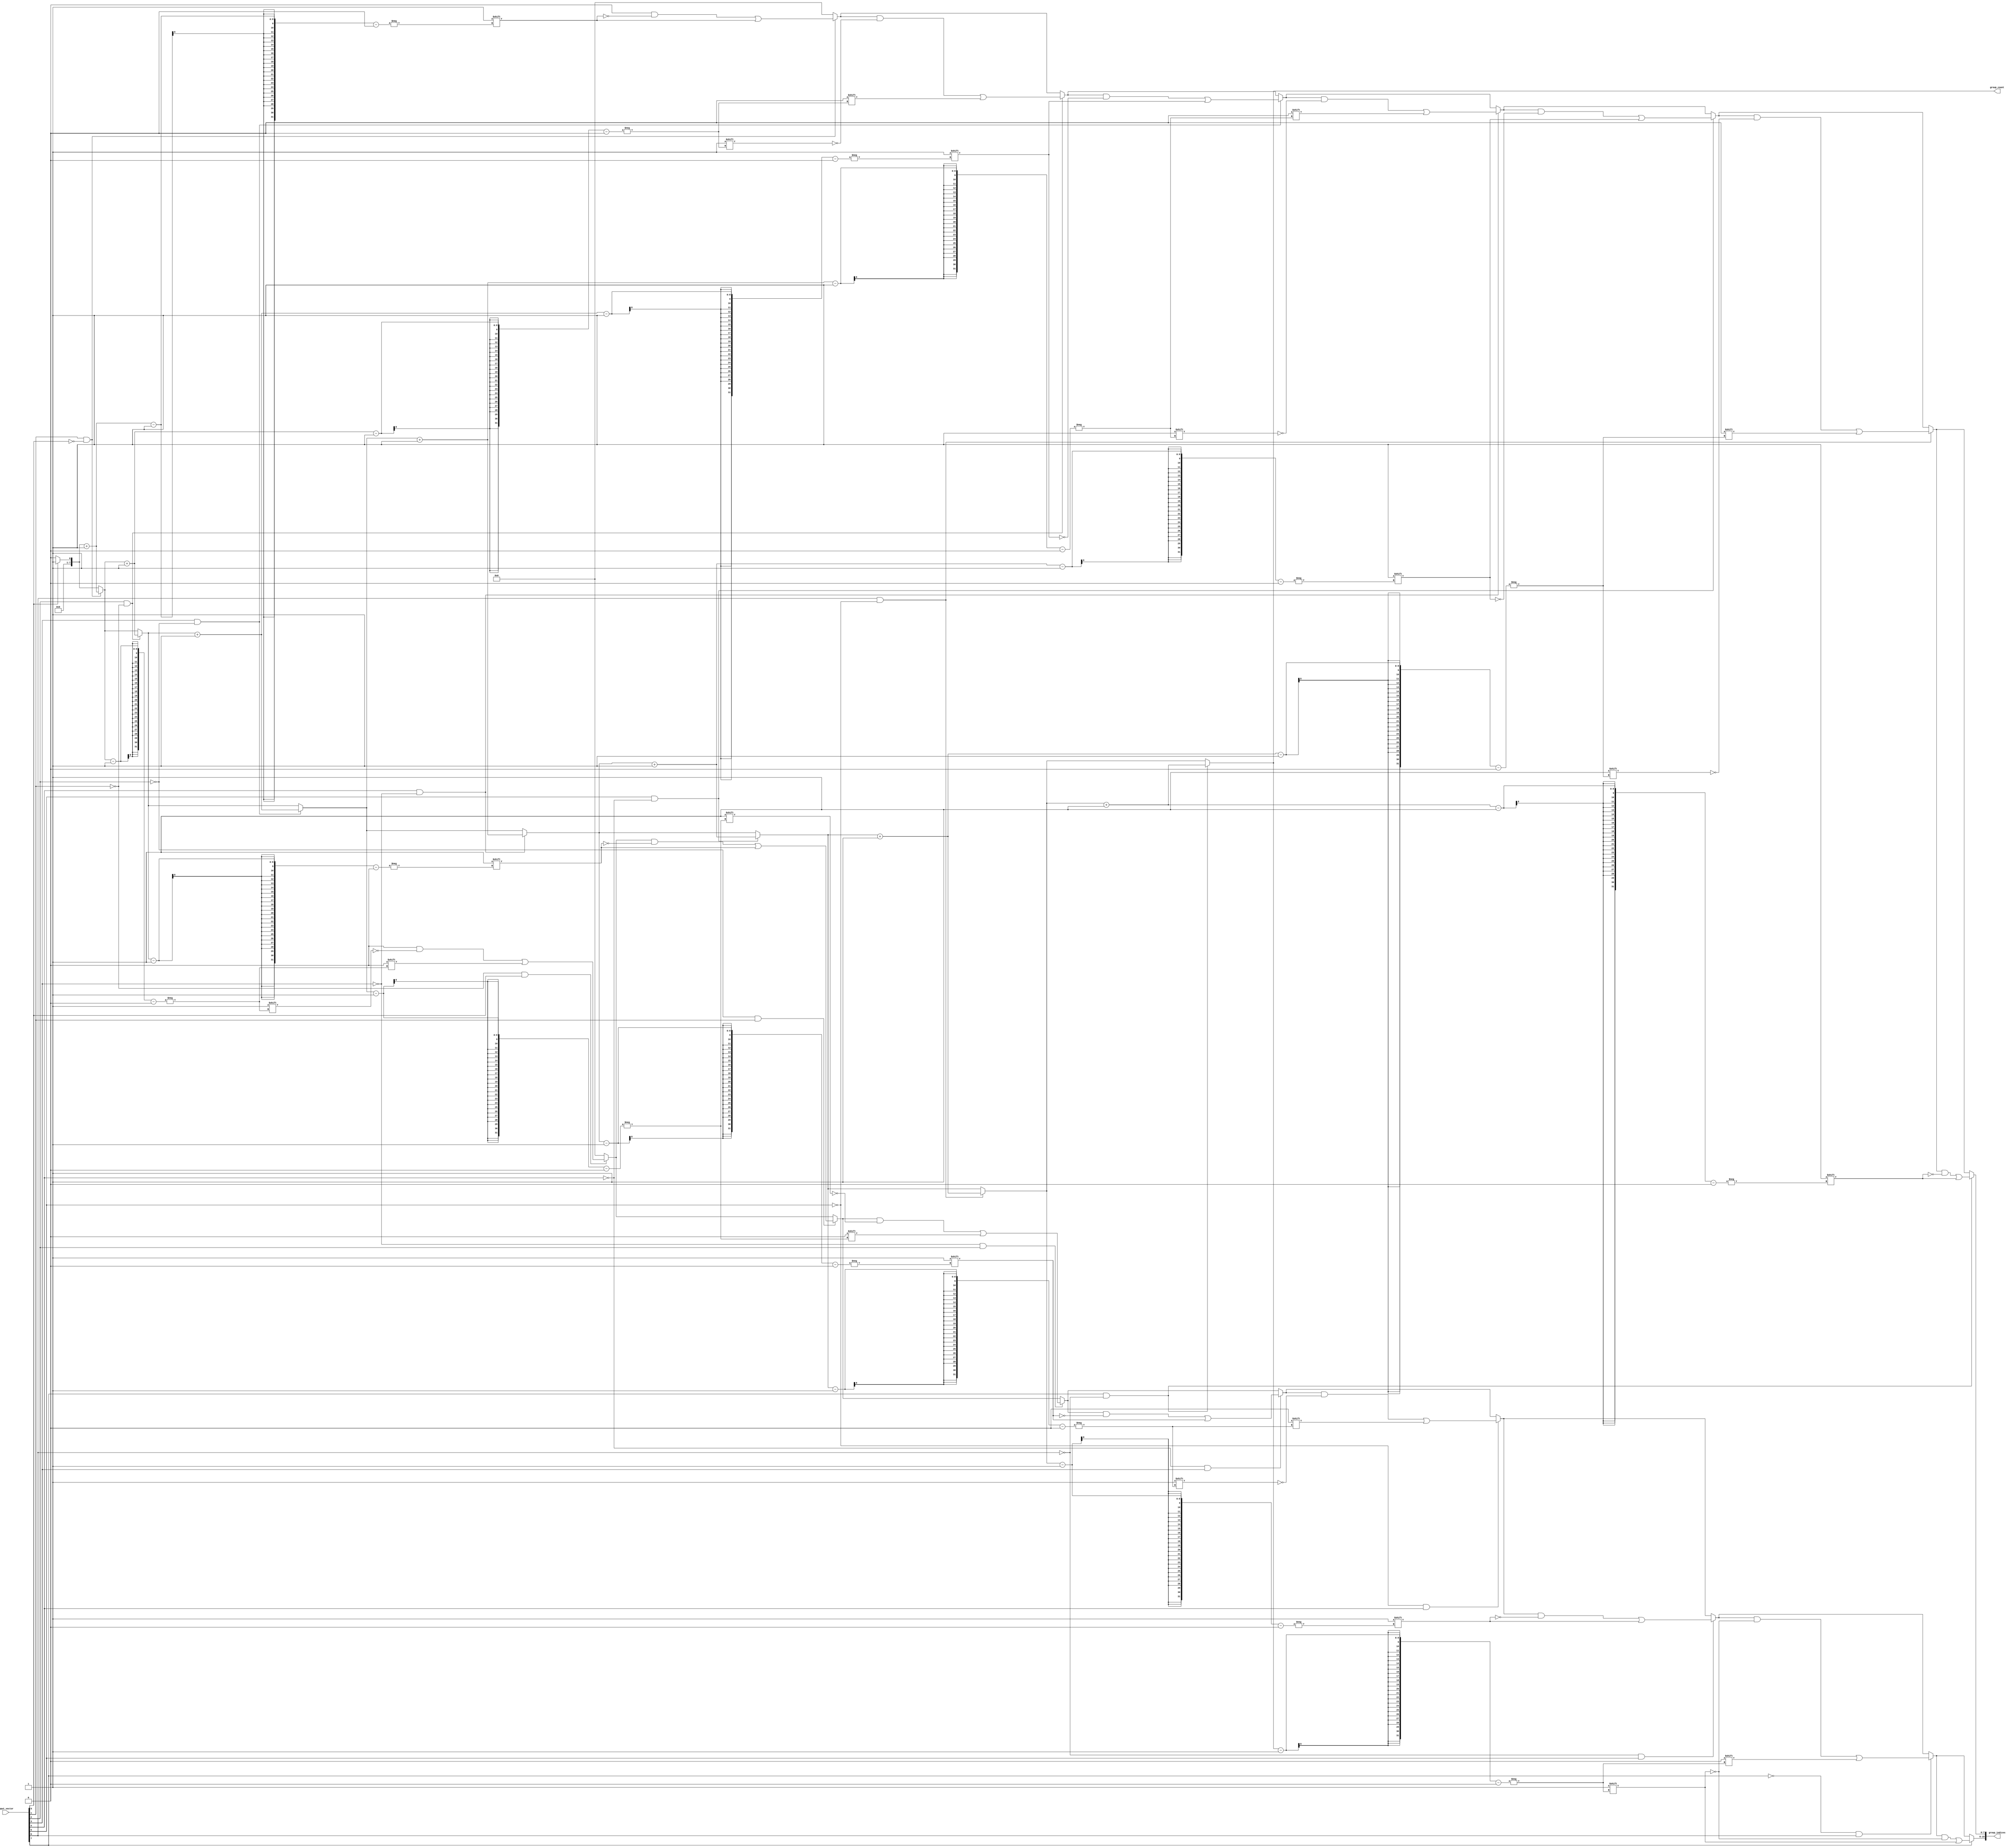
module group_ones #(parameter N = 8) (
    input  wire [N-1:0] input_vector, // Input binary vector
    output reg [N-1:0] group_count,    // Count of groups of 1s
    output reg [(N*2)-1:0] group_indices // Indices of groups (start and end)
);

integer i;
reg [N-1:0] start_indices;
reg [N-1:0] end_indices;

always @(*) begin
    // Initialize outputs
    group_count = 0;
    start_indices = 0;
    end_indices = 0;

    // Process input_vector to find groups of 1s
    for (i = 0; i < N; i = i + 1) begin
        // Check for the start of a new group
        if (input_vector[i] == 1 && (i == 0 || input_vector[i-1] == 0)) begin
            // Increment the group count
            group_count = group_count + 1;
            // Set the start index
            start_indices[group_count - 1] = i;
        end
        
        // Check for the end of a group
        if (input_vector[i] == 0 && (i > 0 && input_vector[i-1] == 1)) begin
            // Set the end index
            end_indices[group_count - 1] = i - 1;
        end
    end

    // Handle the case where the last bit is 1, indicating the end of the last group
    if (input_vector[N-1] == 1) begin
        end_indices[group_count - 1] = N - 1;
    end

    // Combine start and end indices into group_indices output
    group_indices = {end_indices, start_indices};
end

endmodule